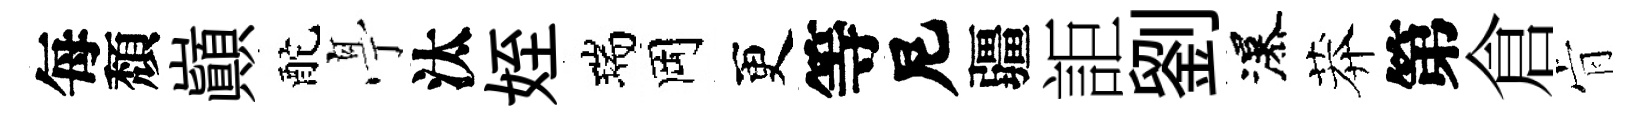
每頽巔酡𠅘汰姪瑞岡更等尼疆詎劉瀑莽第倉肻